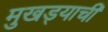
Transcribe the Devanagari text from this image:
मुखड्याची